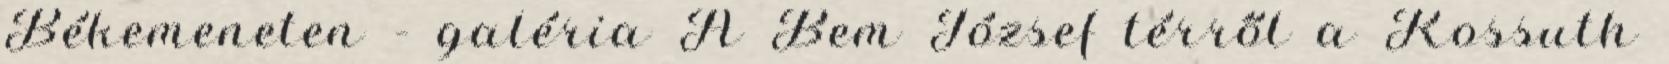
Békemeneten – galéria A Bem József térről a Kossuth